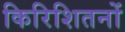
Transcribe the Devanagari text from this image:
किरिशितनों